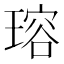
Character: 瑢